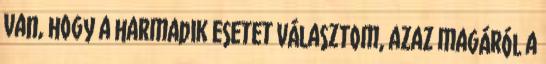
van, hogy a harmadik esetet választom, azaz magáról a